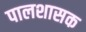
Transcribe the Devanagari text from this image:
पालशासक